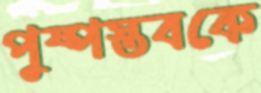
পুষ্পস্তবকে